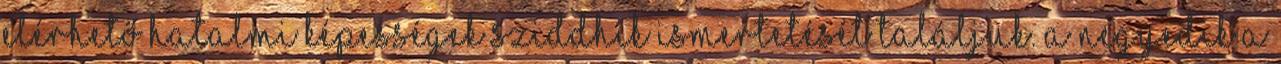
elérhető hatalmi képességek sziddhik ismertetését találjuk. A negyedik a